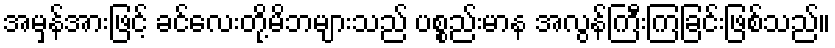
အမှန်အားဖြင့် ခင်လေးတို့မိဘများသည် ပစ္စည်းမာန အလွန်ကြီးကြခြင်းဖြစ်သည်။